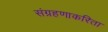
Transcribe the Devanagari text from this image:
संग्रहणाकरिता